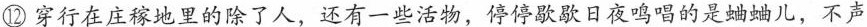
⑫穿行在庄稼地里的除了人，还有一些活物，停停歇歇日夜鸣唱的是蛐蛐儿，不声